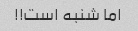
اما شنبه است!!